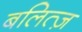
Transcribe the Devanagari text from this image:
बलित्ज़